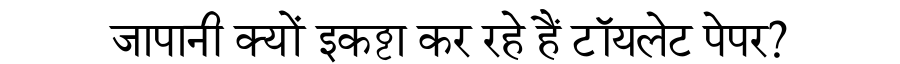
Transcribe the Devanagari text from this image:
जापानी क्यों इकट्ठा कर रहे हैं टॉयलेट पेपर?